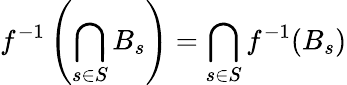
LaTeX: f^{-1}\left(\bigcap_{s\in S}B_{s}\right)=\bigcap_{s\in S}f^{-1}(B_{s})